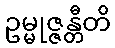
ဥမ္မုဇ္ဇန္တီတိ